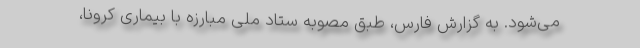
می‌شود. به گزارش فارس، طبق مصوبه ستاد ملی مبارزه با بیماری کرونا،